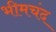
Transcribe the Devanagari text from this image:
भीमचंद